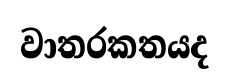
වාතරකතයද